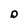
Character: D